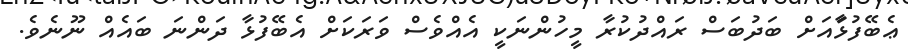
ޢެބޭފުޅަަާއަށް ބަދުބަސް ރައްދުކުރާ މީހުންނަކީ އެއްވެސް ވަރަކަށް އެބޭފުޅާ ދަންނަ ބައެއް ނޫނެވެ.